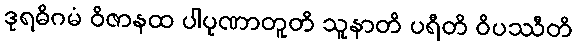
ဒုရဓိဂမံ ဝိဇာနထ ပါပုဏာတူတိ သူနာတိ ပရီတိ ဝိပဿီတိ